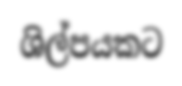
ශිල්පයකට